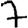
Digit: 7